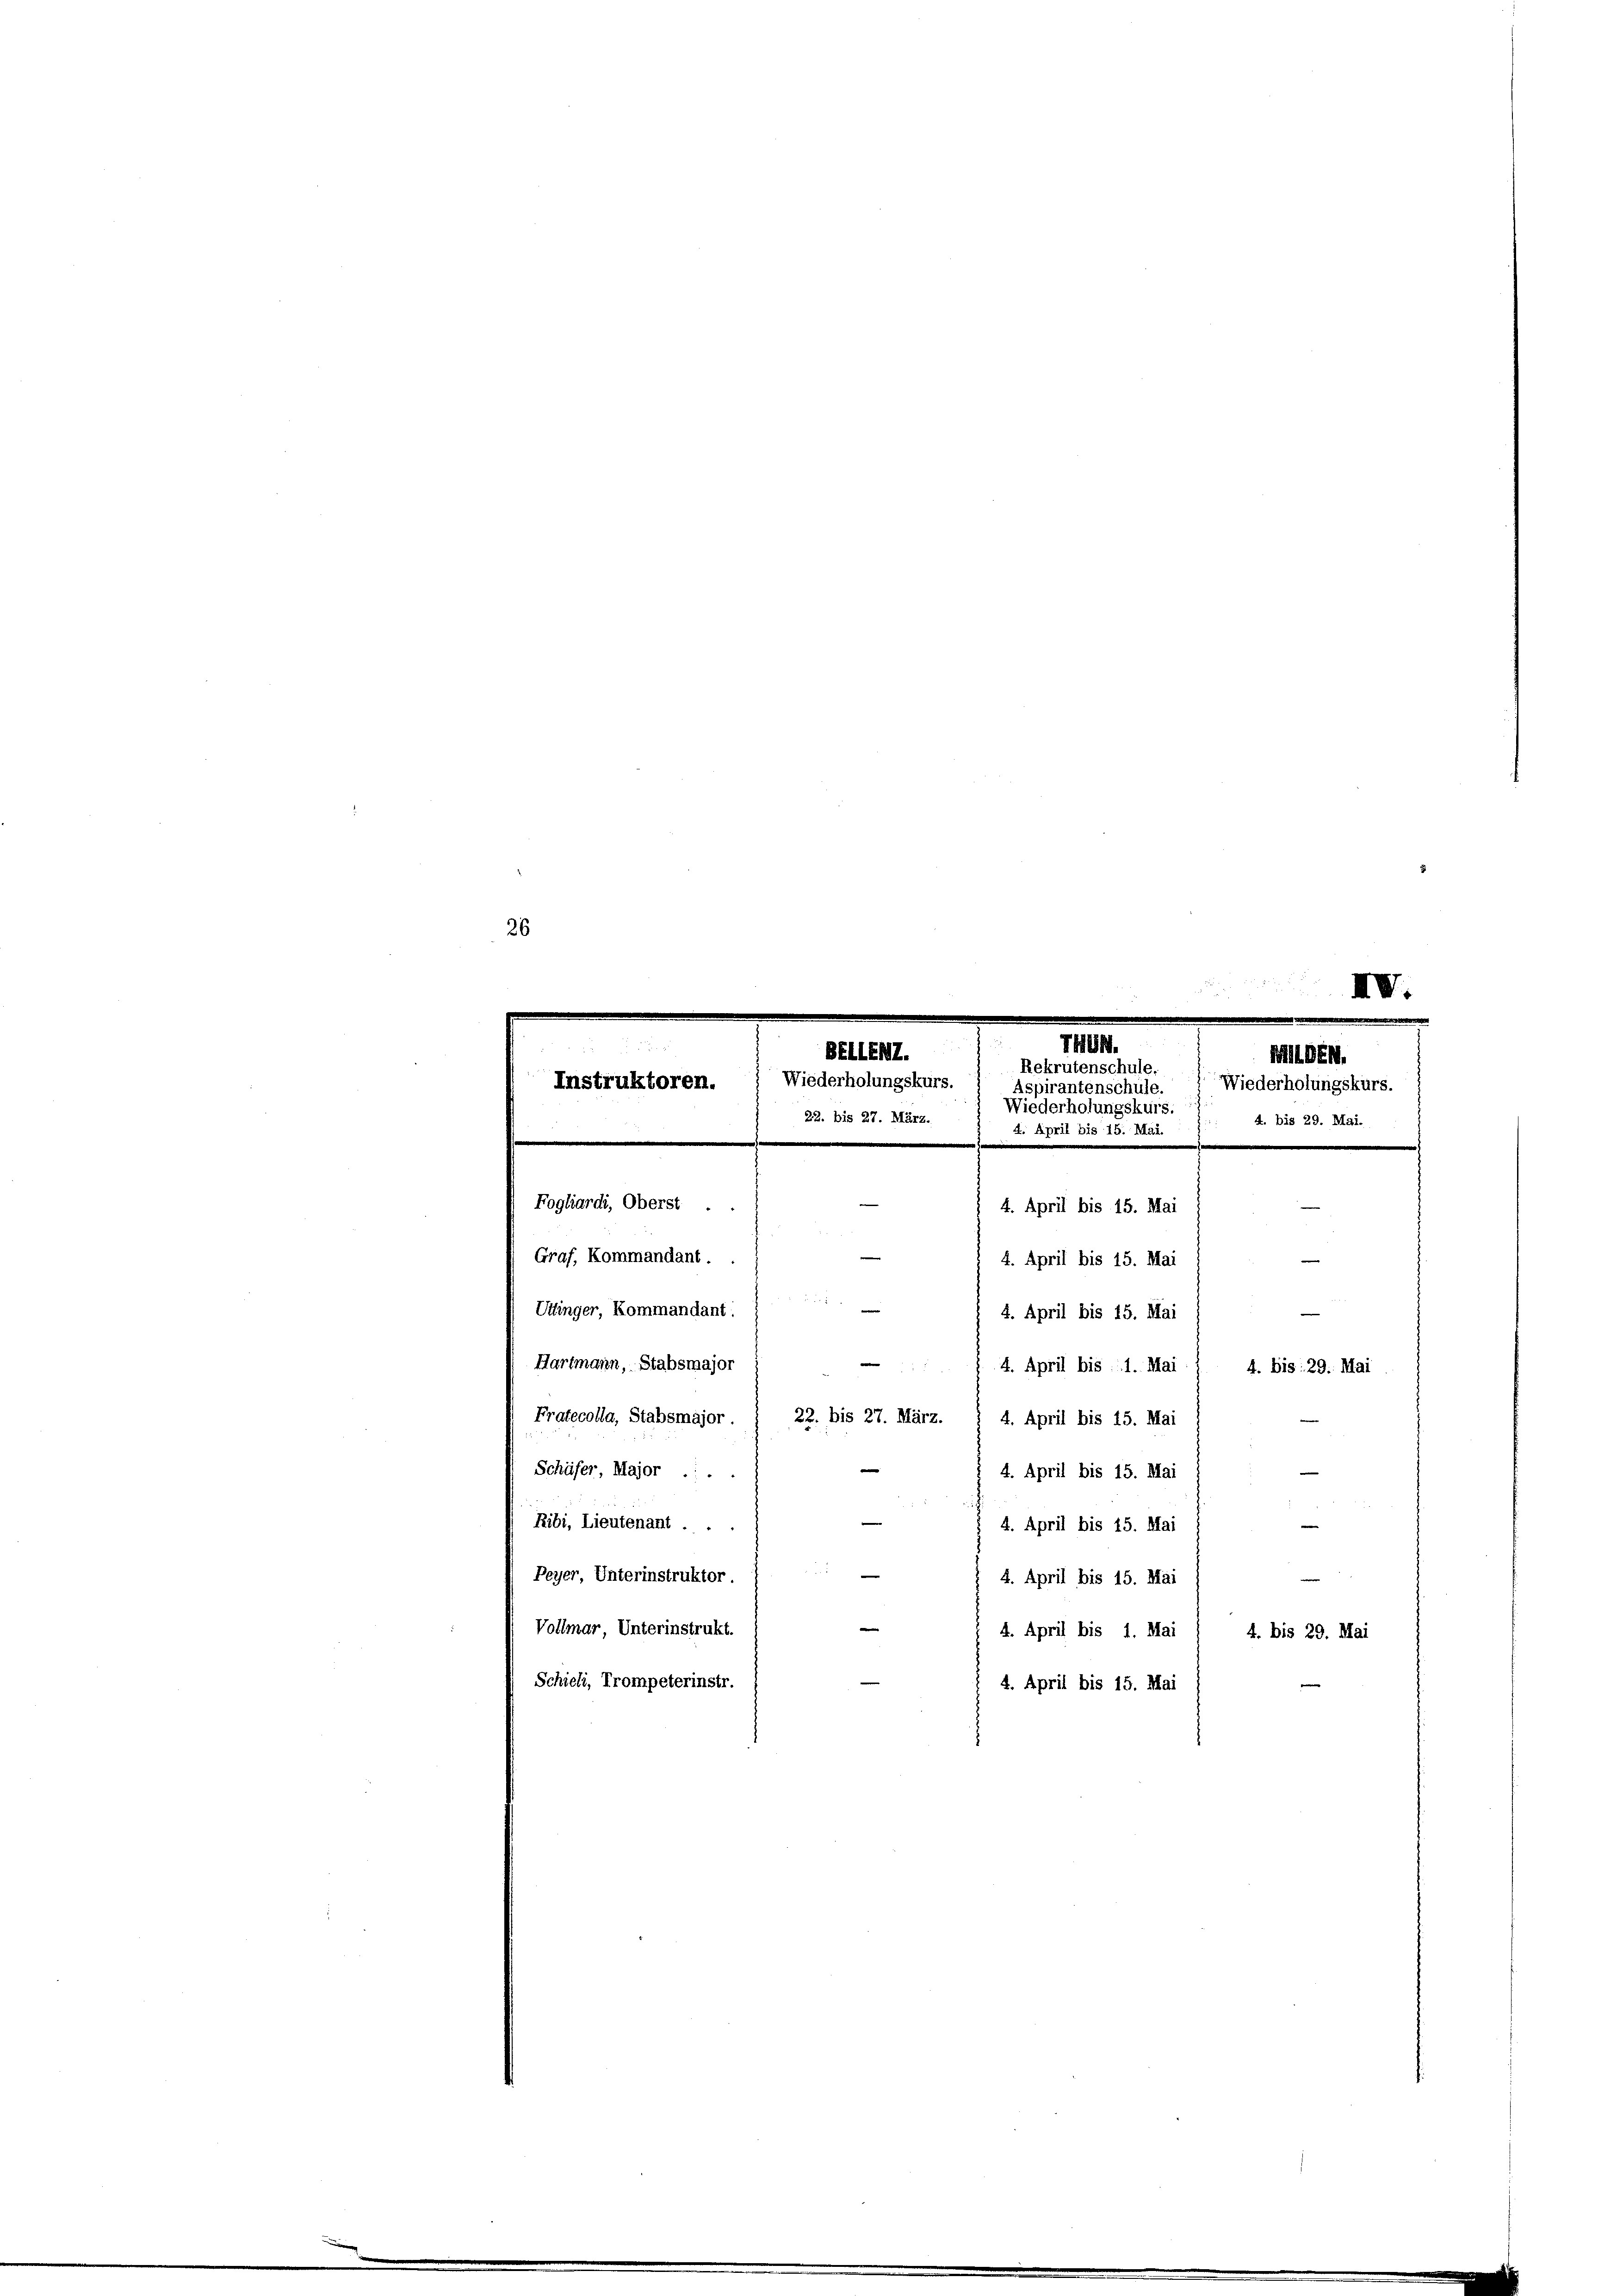
26

e
Ribi, Lieutenant ...
2
Peyer, Unterinstruktor.
Vollmar, Unterinstrukt.
Schieli, Trompeterinstr.

IIII.

M.
BEIIENZ.
Milden.
Rekrutenschule,
Instruktoren.  Wiederholungskurs. Aspirantenschule. Wiederholungskurs.
Wiederholungskurs.
22. bis 27. März.
4. bis 29. Mai.
4. April bis 15. Mai.
.
e
Fogliardi, Oberst ..
4. April bis 15. Mai
e
Graf, Kommandant.
4. April bis 15. Mai

e
Uttinger, Kommandant
4. April bis 15. Mai
Hartmann, Stabsmajor
4. April bis : 1. Mai
4. Bis: 29. Mai
Pratecolla, Stabsmajor. ) 22. bis 27. März.
4. April bis 15. Mai
e
Schäfer, Major .
4. April bis 15. Mai

4. April bis 15. Mai
4. April bis 15. Mai
4. April bis 1. Mai / 4. bis 29. Mai
4. April bis 15. Mai